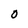
Character: O